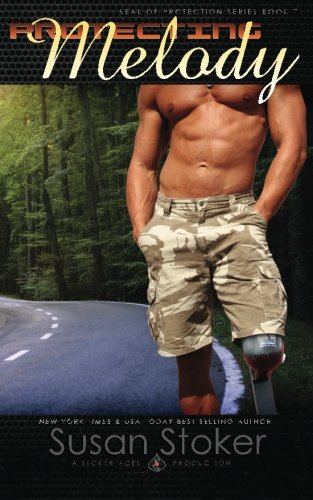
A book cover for Protecting Melody (SEAL of Protection) (Volume 7); Susan Stoker; Romance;